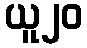
ယူ၂၀